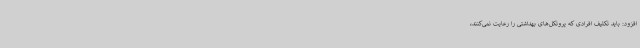
افزود: باید تکلیف افرادی که پروتکل‌های بهداشتی را رعایت نمی‌کنند،